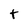
Character: t